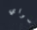
سواي